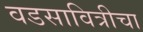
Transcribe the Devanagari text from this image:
वडसावित्रीचा